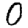
Digit: 0